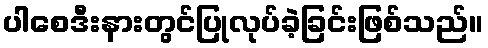
ပါစေဒီးနားတွင်ပြုလုပ်ခဲ့ခြင်းဖြစ်သည်။